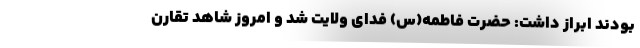
بودند ابراز داشت: حضرت فاطمه(س) فدای ولایت شد و امروز شاهد تقارن